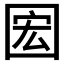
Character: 𫭊